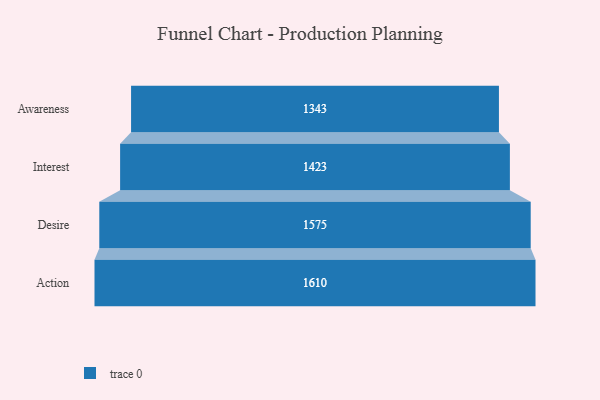
{"axis": {"x": "Stage", "y": "Value"}, "legend": [""], "data": [{"x": "Awareness", "y": 1343.0, "type": ""}, {"x": "Interest", "y": 1423.0, "type": ""}, {"x": "Desire", "y": 1575.0, "type": ""}, {"x": "Action", "y": 1610.0, "type": ""}]}